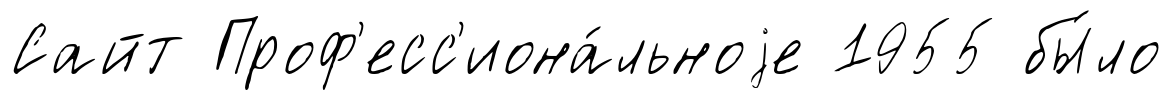
Сайт Проф'есс'иона́льноjе 1955 бы́ло